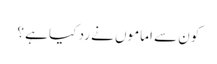
کون سے اماموں نے رد کیا ہے ؟